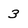
Character: 3